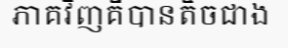
ភាគវិញគឺបានតិចជាង